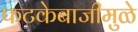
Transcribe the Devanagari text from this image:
फटकेबाजीमुळे